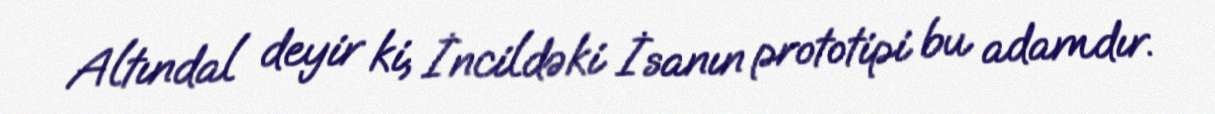
Altındal deyir ki, İncildəki İsanın prototipi bu adamdır.